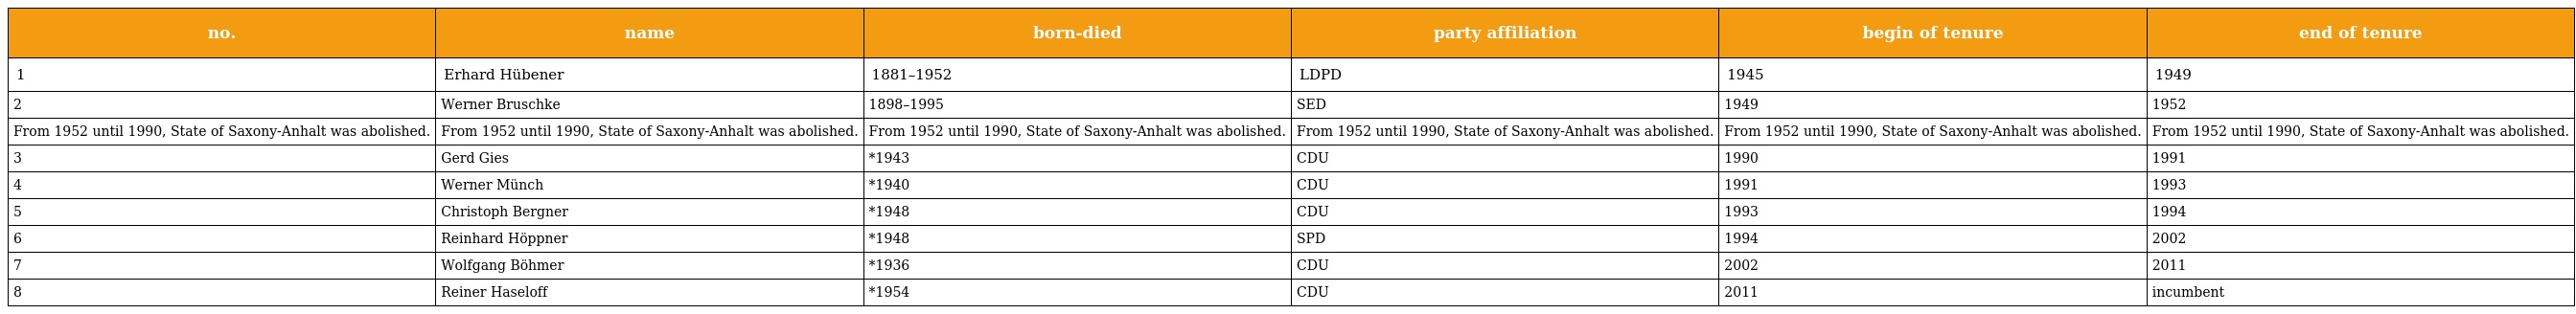
| no. | name | born-died | party affiliation | begin of tenure | end of tenure |
 | --- | --- | --- | --- | --- | --- |
 | 1 | Erhard Hübener | 1881–1952 | LDPD | 1945 | 1949 |
 | 2 | Werner Bruschke | 1898–1995 | SED | 1949 | 1952 |
 | From 1952 until 1990, State of Saxony-Anhalt was abolished. | From 1952 until 1990, State of Saxony-Anhalt was abolished. | From 1952 until 1990, State of Saxony-Anhalt was abolished. | From 1952 until 1990, State of Saxony-Anhalt was abolished. | From 1952 until 1990, State of Saxony-Anhalt was abolished. | From 1952 until 1990, State of Saxony-Anhalt was abolished. |
 | 3 | Gerd Gies | *1943 | CDU | 1990 | 1991 |
 | 4 | Werner Münch | *1940 | CDU | 1991 | 1993 |
 | 5 | Christoph Bergner | *1948 | CDU | 1993 | 1994 |
 | 6 | Reinhard Höppner | *1948 | SPD | 1994 | 2002 |
 | 7 | Wolfgang Böhmer | *1936 | CDU | 2002 | 2011 |
 | 8 | Reiner Haseloff | *1954 | CDU | 2011 | incumbent |